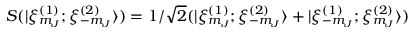
S ( | \xi _ { m _ { J } } ^ { ( 1 ) } ; \xi _ { - m _ { J } } ^ { ( 2 ) } \rangle ) = 1 / \sqrt 2 ( | \xi _ { m _ { J } } ^ { ( 1 ) } ; \xi _ { - m _ { J } } ^ { ( 2 ) } \rangle + | \xi _ { - m _ { J } } ^ { ( 1 ) } ; \xi _ { m _ { J } } ^ { ( 2 ) } \rangle )